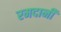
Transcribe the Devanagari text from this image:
रमदानी